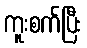
ကူးစက်ပြီး